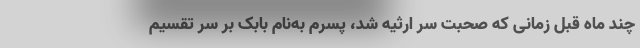
چند ماه قبل زمانی که صحبت سر ارثیه شد، پسرم به‌نام بابک بر سر تقسیم